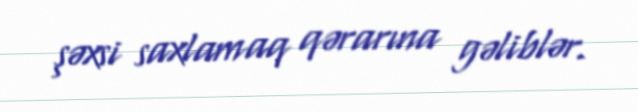
şəxsi saxlamaq qərarına gəliblər.